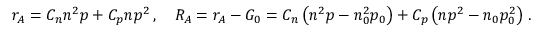
r _ { A } = C _ { n } n ^ { 2 } p + C _ { p } n p ^ { 2 } \, , \quad R _ { A } = r _ { A } - G _ { 0 } = C _ { n } \left( n ^ { 2 } p - n _ { 0 } ^ { 2 } p _ { 0 } \right) + C _ { p } \left( n p ^ { 2 } - n _ { 0 } p _ { 0 } ^ { 2 } \right) \, .